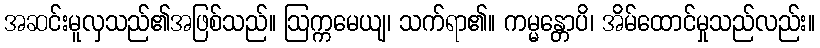
အဆင်းမူလှသည်၏အဖြစ်သည်။ ဩက္ကမေယျ၊ သက်ရာ၏။ ကမ္မန္တောပိ၊ အိမ်ထောင်မှုသည်လည်း။